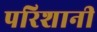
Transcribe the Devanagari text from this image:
परिशानी